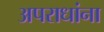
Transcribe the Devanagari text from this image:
अपराधांना